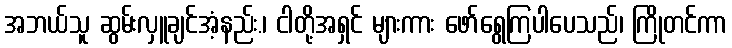
အဘယ်သူ ဆွမ်းလှူချင်အံ့နည်း.၊ ငါတို့အရှင် များကား ဖော်ရွေကြပါပေသည်၊ ကြိုတင်ကာ